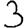
Digit: 3